65_HS1-834228961_62-HQ-83894_Section_10
Agency: FBI
Page 26
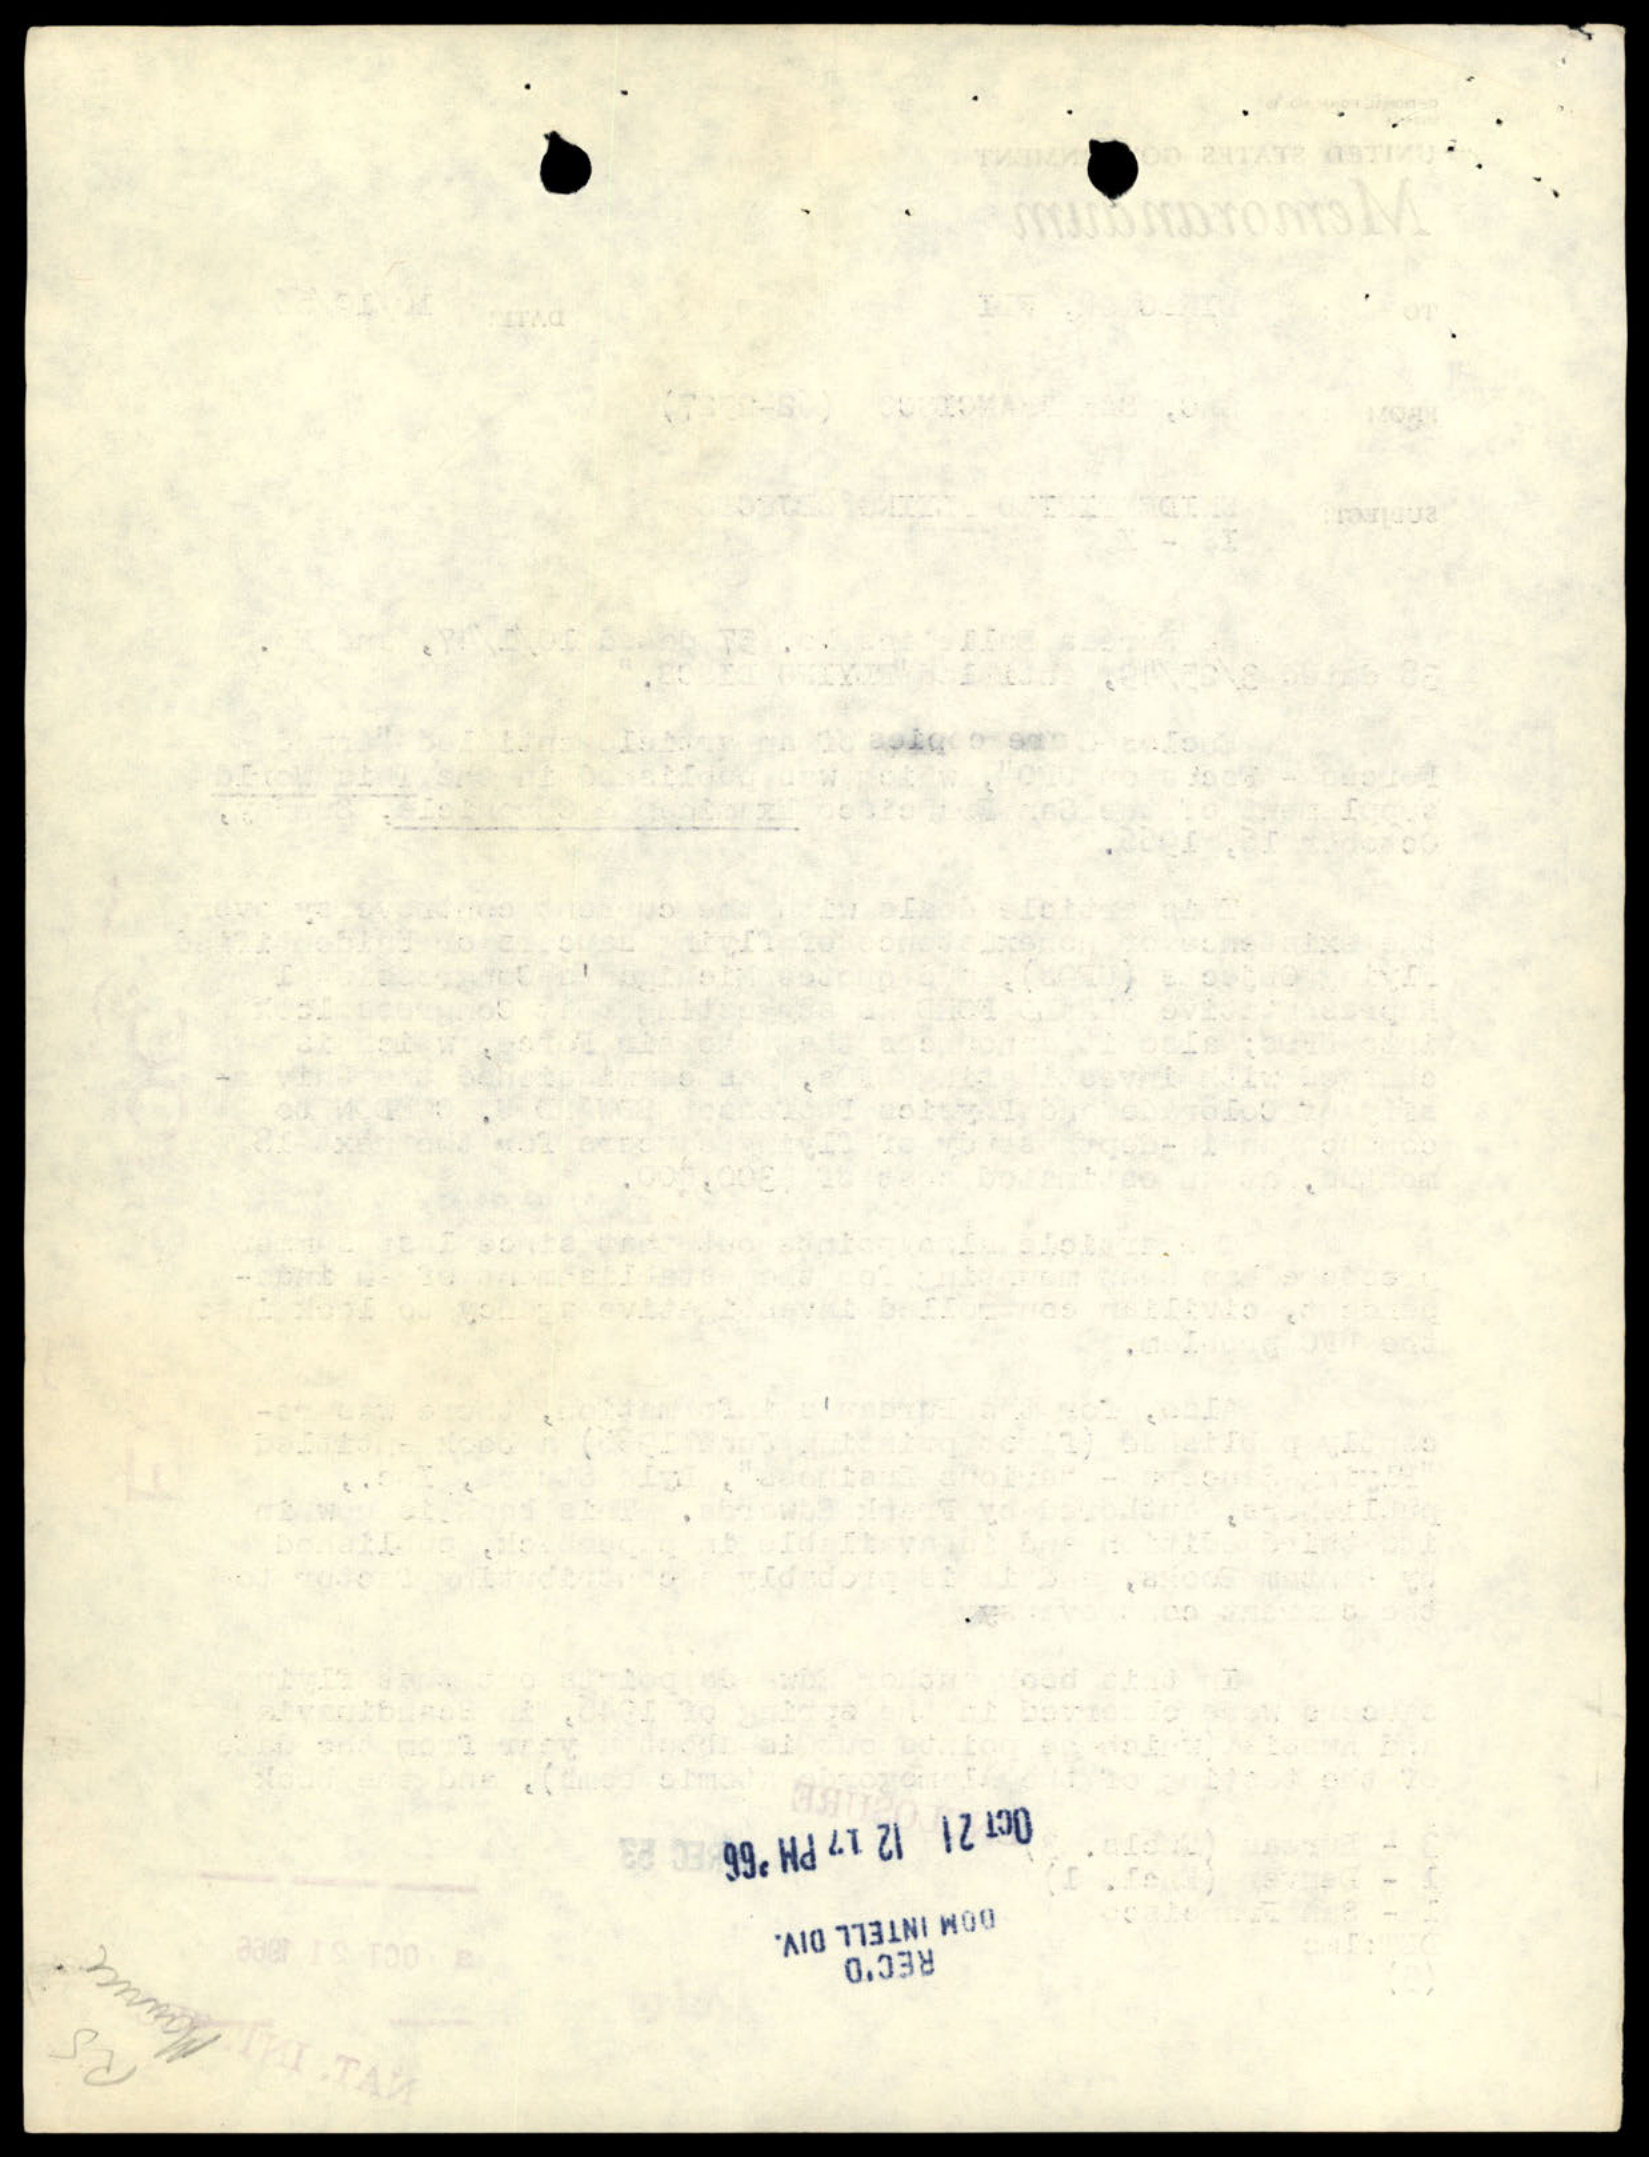